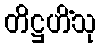
တိဋ္ဌဟိံသု